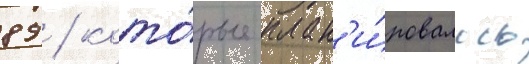
89 / кото́рые план'и́ровалось